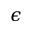
\epsilon